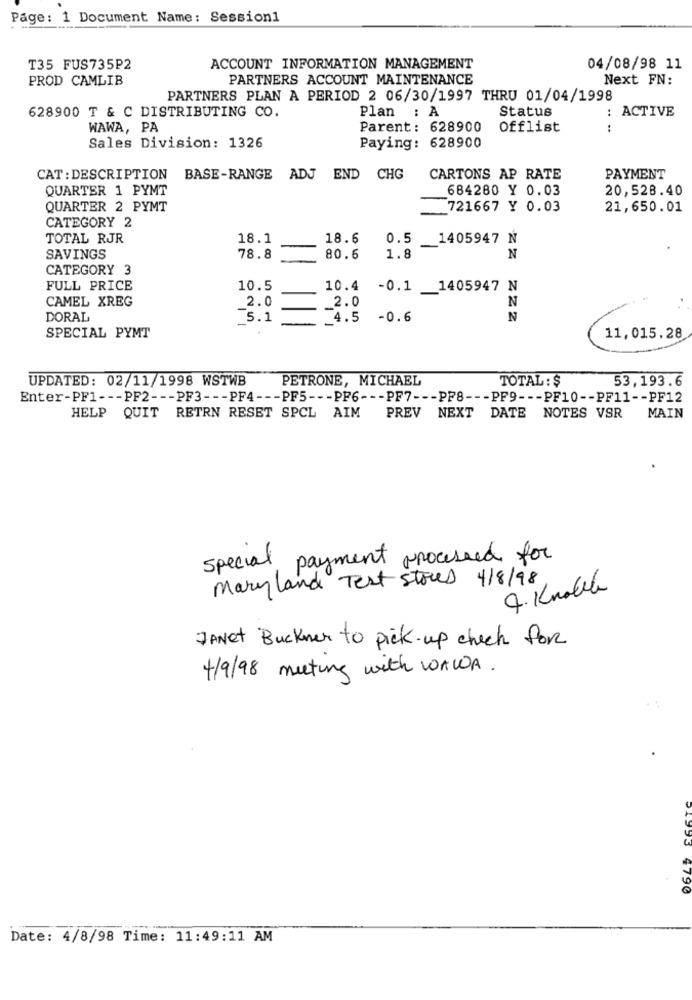
Page: 1 Document Name: Session1
T35 FUS735P2
ACCOUNT INFORMATION MANAGEMENT
04/08/98 11
PROD CAMLIB
PARTNERS ACCOUNT MAINTENANCE
Next FN:
PARTNERS PLAN A PERIOD 2 06/30/1997 THRU 01/04/1998
628900 T & C DISTRIBUTING CO.
Status
: ACTIVE
Plan : A
WAWA, PA
Parent: 628900
Offlist
.. ..
Sales Division: 1326
Paying: 628900
CAT : DESCRIPTION
BASE-RANGE ADJ END CHG
CARTONS AP RATE
PAYMENT
QUARTER 1 PYMT
684280 Y 0.03
20,528.40
QUARTER 2 PYMT
721667 Y 0.03
21,650.01
CATEGORY 2
TOTAL RJR
18.1
18.6
0.5
_1405947 Ń
SAVINGS
78.8
80.6
1.8
N
CATEGORY 3
FULL PRICE
10.5
10.4 -0.1 1405947 N
CAMEL XREG
2.0
_2.0
N
DORAL
75.1
_4
4.5 -0.6
N
SPECIAL PYMT
11,015.28
UPDATED: 02/11/1998 WSTWB
PETRONE, MICHAEL
TOTAL : $
53,193.6
Enter-PF1 --- PF2 --- PF3 --- PF4 --- PF5 --- PF6 --- PF7 --- PF8 --- PF9 --- PF10 -- PF11 -- PF12
HELP QUIT RETRN RESET SPCL AIM PREV NEXT DATE NOTES VSR MAIN
special
payment processed for
Maryland Test stores 4/8/98
4. Knoll
JANET Buckner to pick-up check for
4/9/98 meeting with WAWA.
4790
Date: 4/8/98 Time: 11:49:11 AM